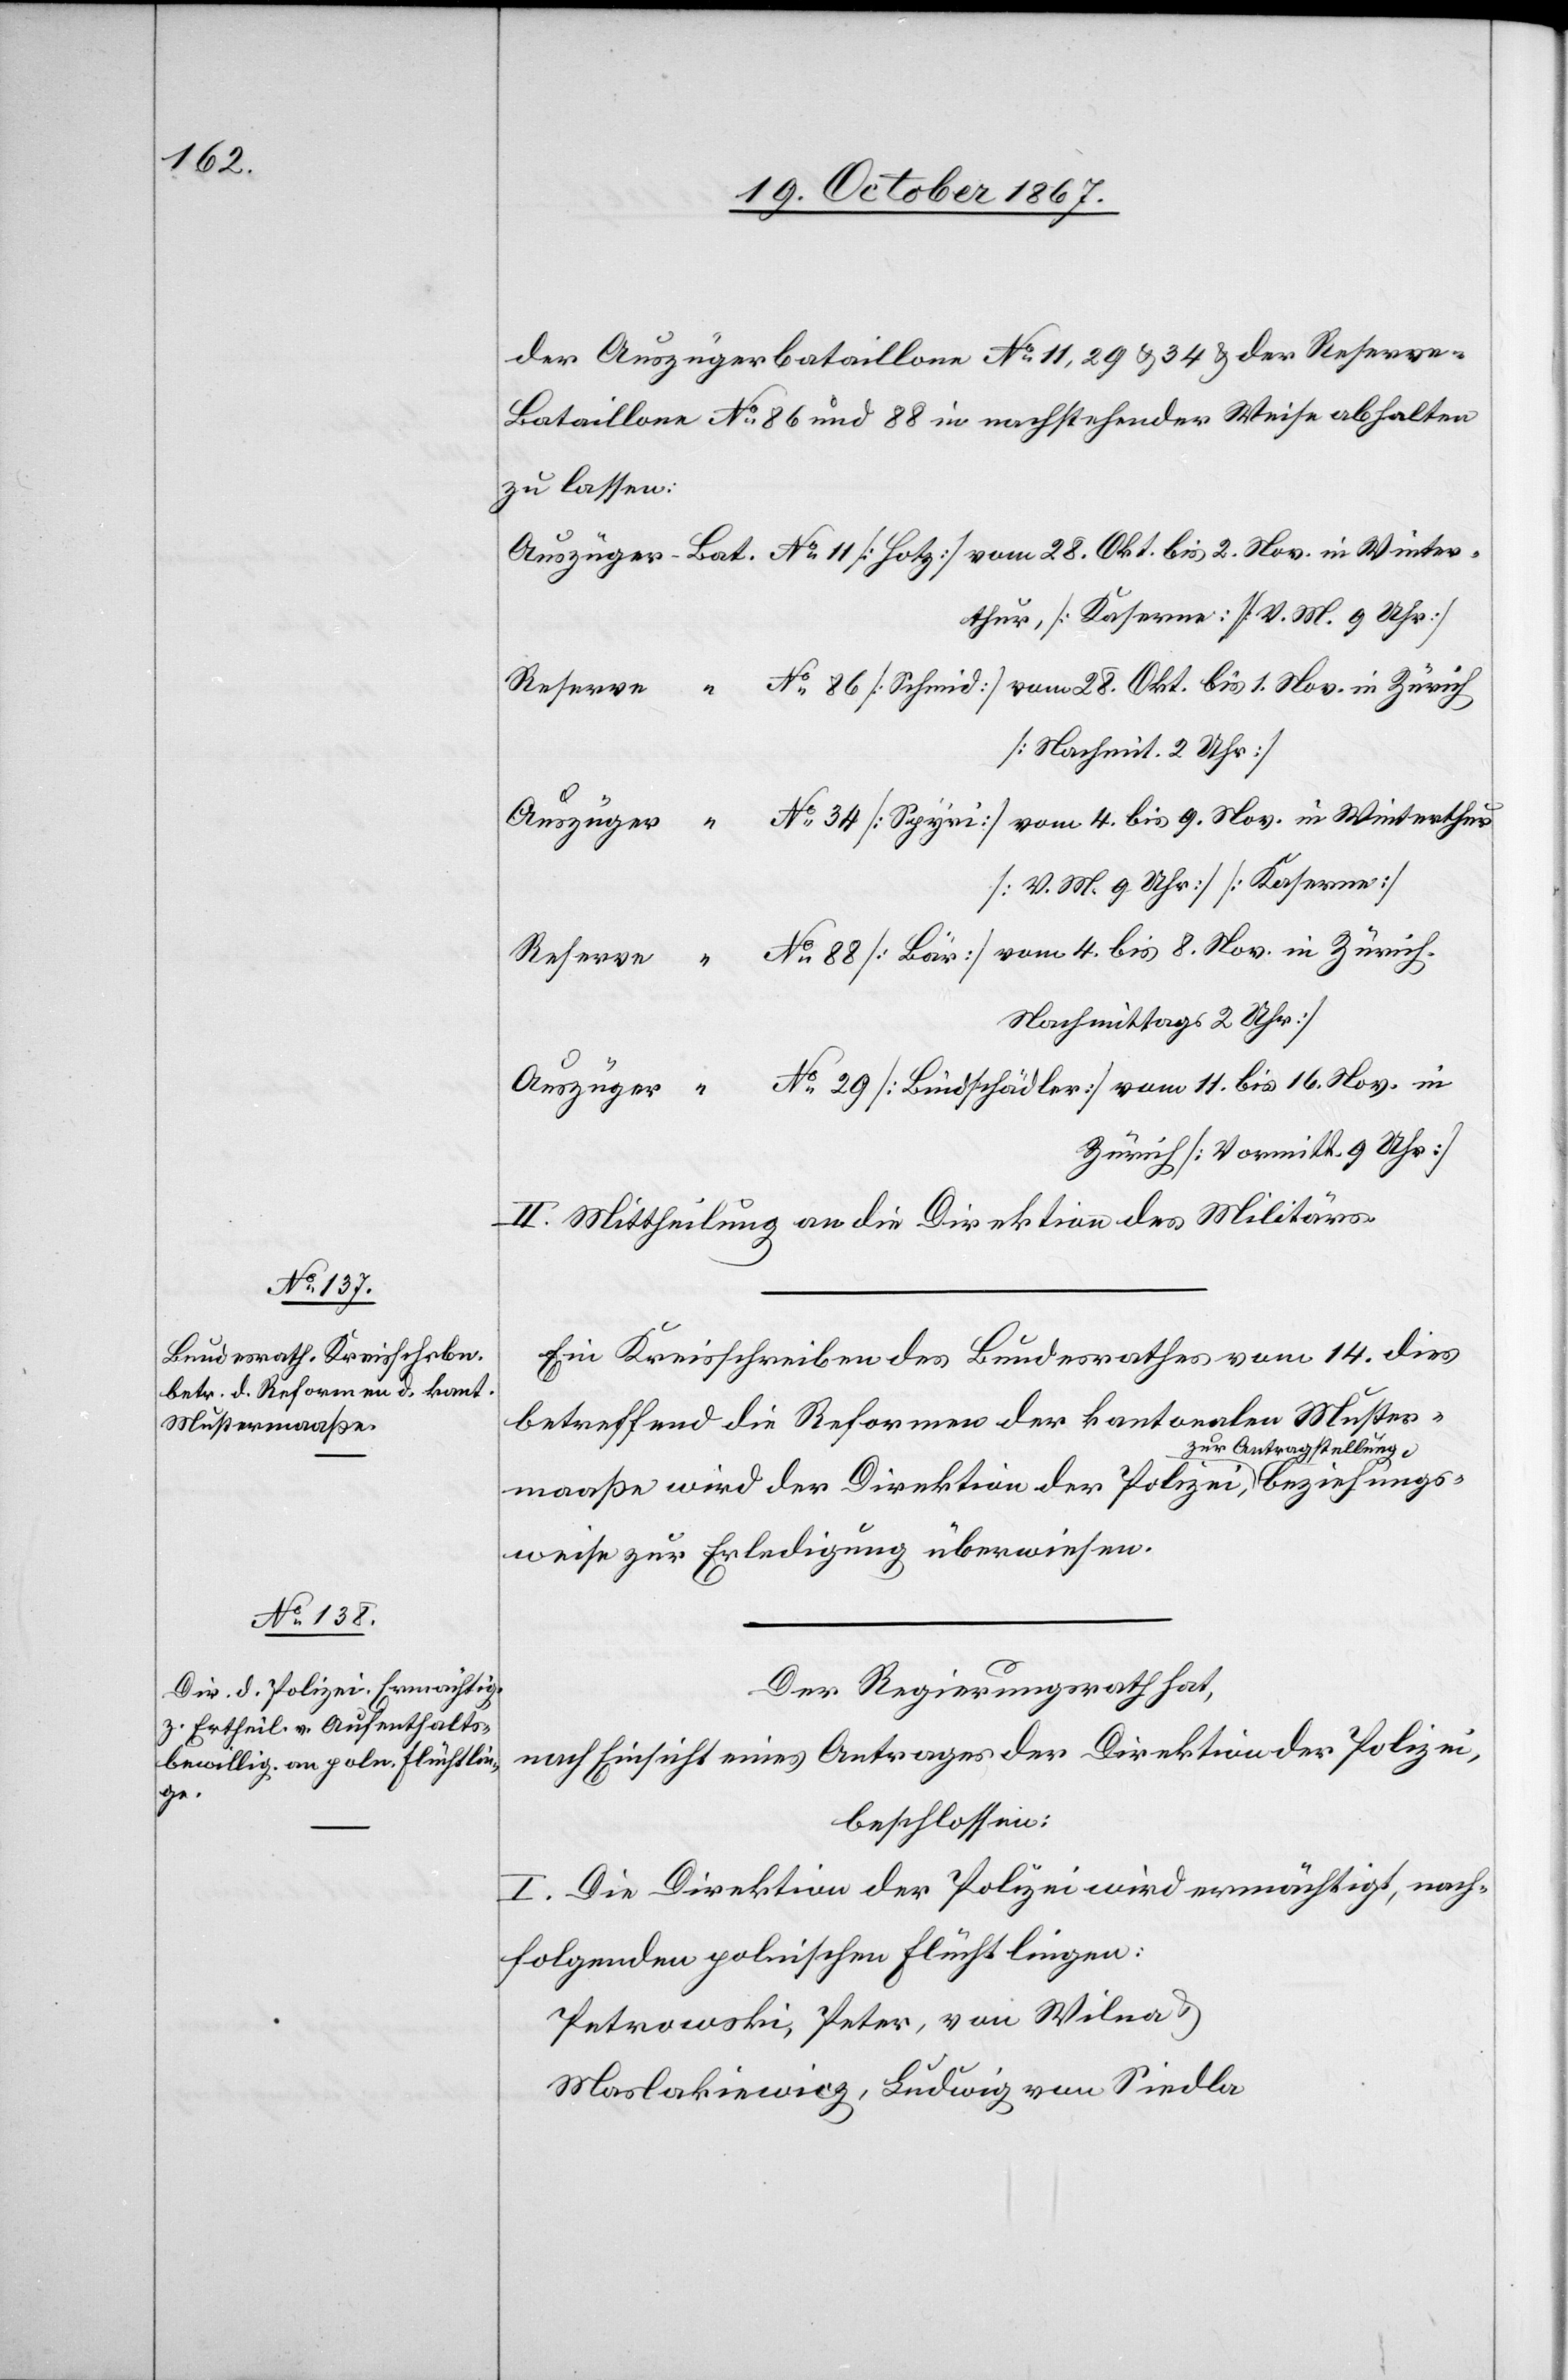
16.

zie¬

der Auszügerbataillone No 11, 29, u. 34 u. der Reserve-B¬
ataillone No 86 und 88 in nachstehender Weise abhalten
zu lassen:
rthur, [Kaserne] [V. M. 9 Uhr]
[Nachmit. 2 Uhr]
[V. M. 9 Uhr] [Kaserne]
[Nachmittags 2 Uhr]
Zürich [Vormitt. 9 Uhr]
II. Mittheilung an die Direktion des Militärs.
Ein Kreisschreiben des Bundesrathes vom 14. dies
betreffend die Reformen der kantonalen Muster¬
maaße wird der Direktion der Polizei zur Antragstellung,
hungsweise zur Erledigung überwiesen.
Der Regierungsrath hat,
nach Einsicht eines Antrages der Direktion der Polizei,
beschlossen:
I. Die Direktion der Polizei wird ermächtigt, nach¬
folgenden polnischen Flüchtlingen:
Petrowski, Peter, von Wilna u.
Maslakiewicz, Ludwig von Sindla,